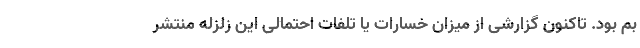
بم بود. تاکنون گزارشی از میزان خسارات یا تلفات احتمالی این زلزله منتشر